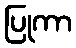
ပြုကာ